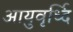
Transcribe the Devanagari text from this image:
आयुवृर्ध्दि